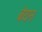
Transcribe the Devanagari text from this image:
बेयन